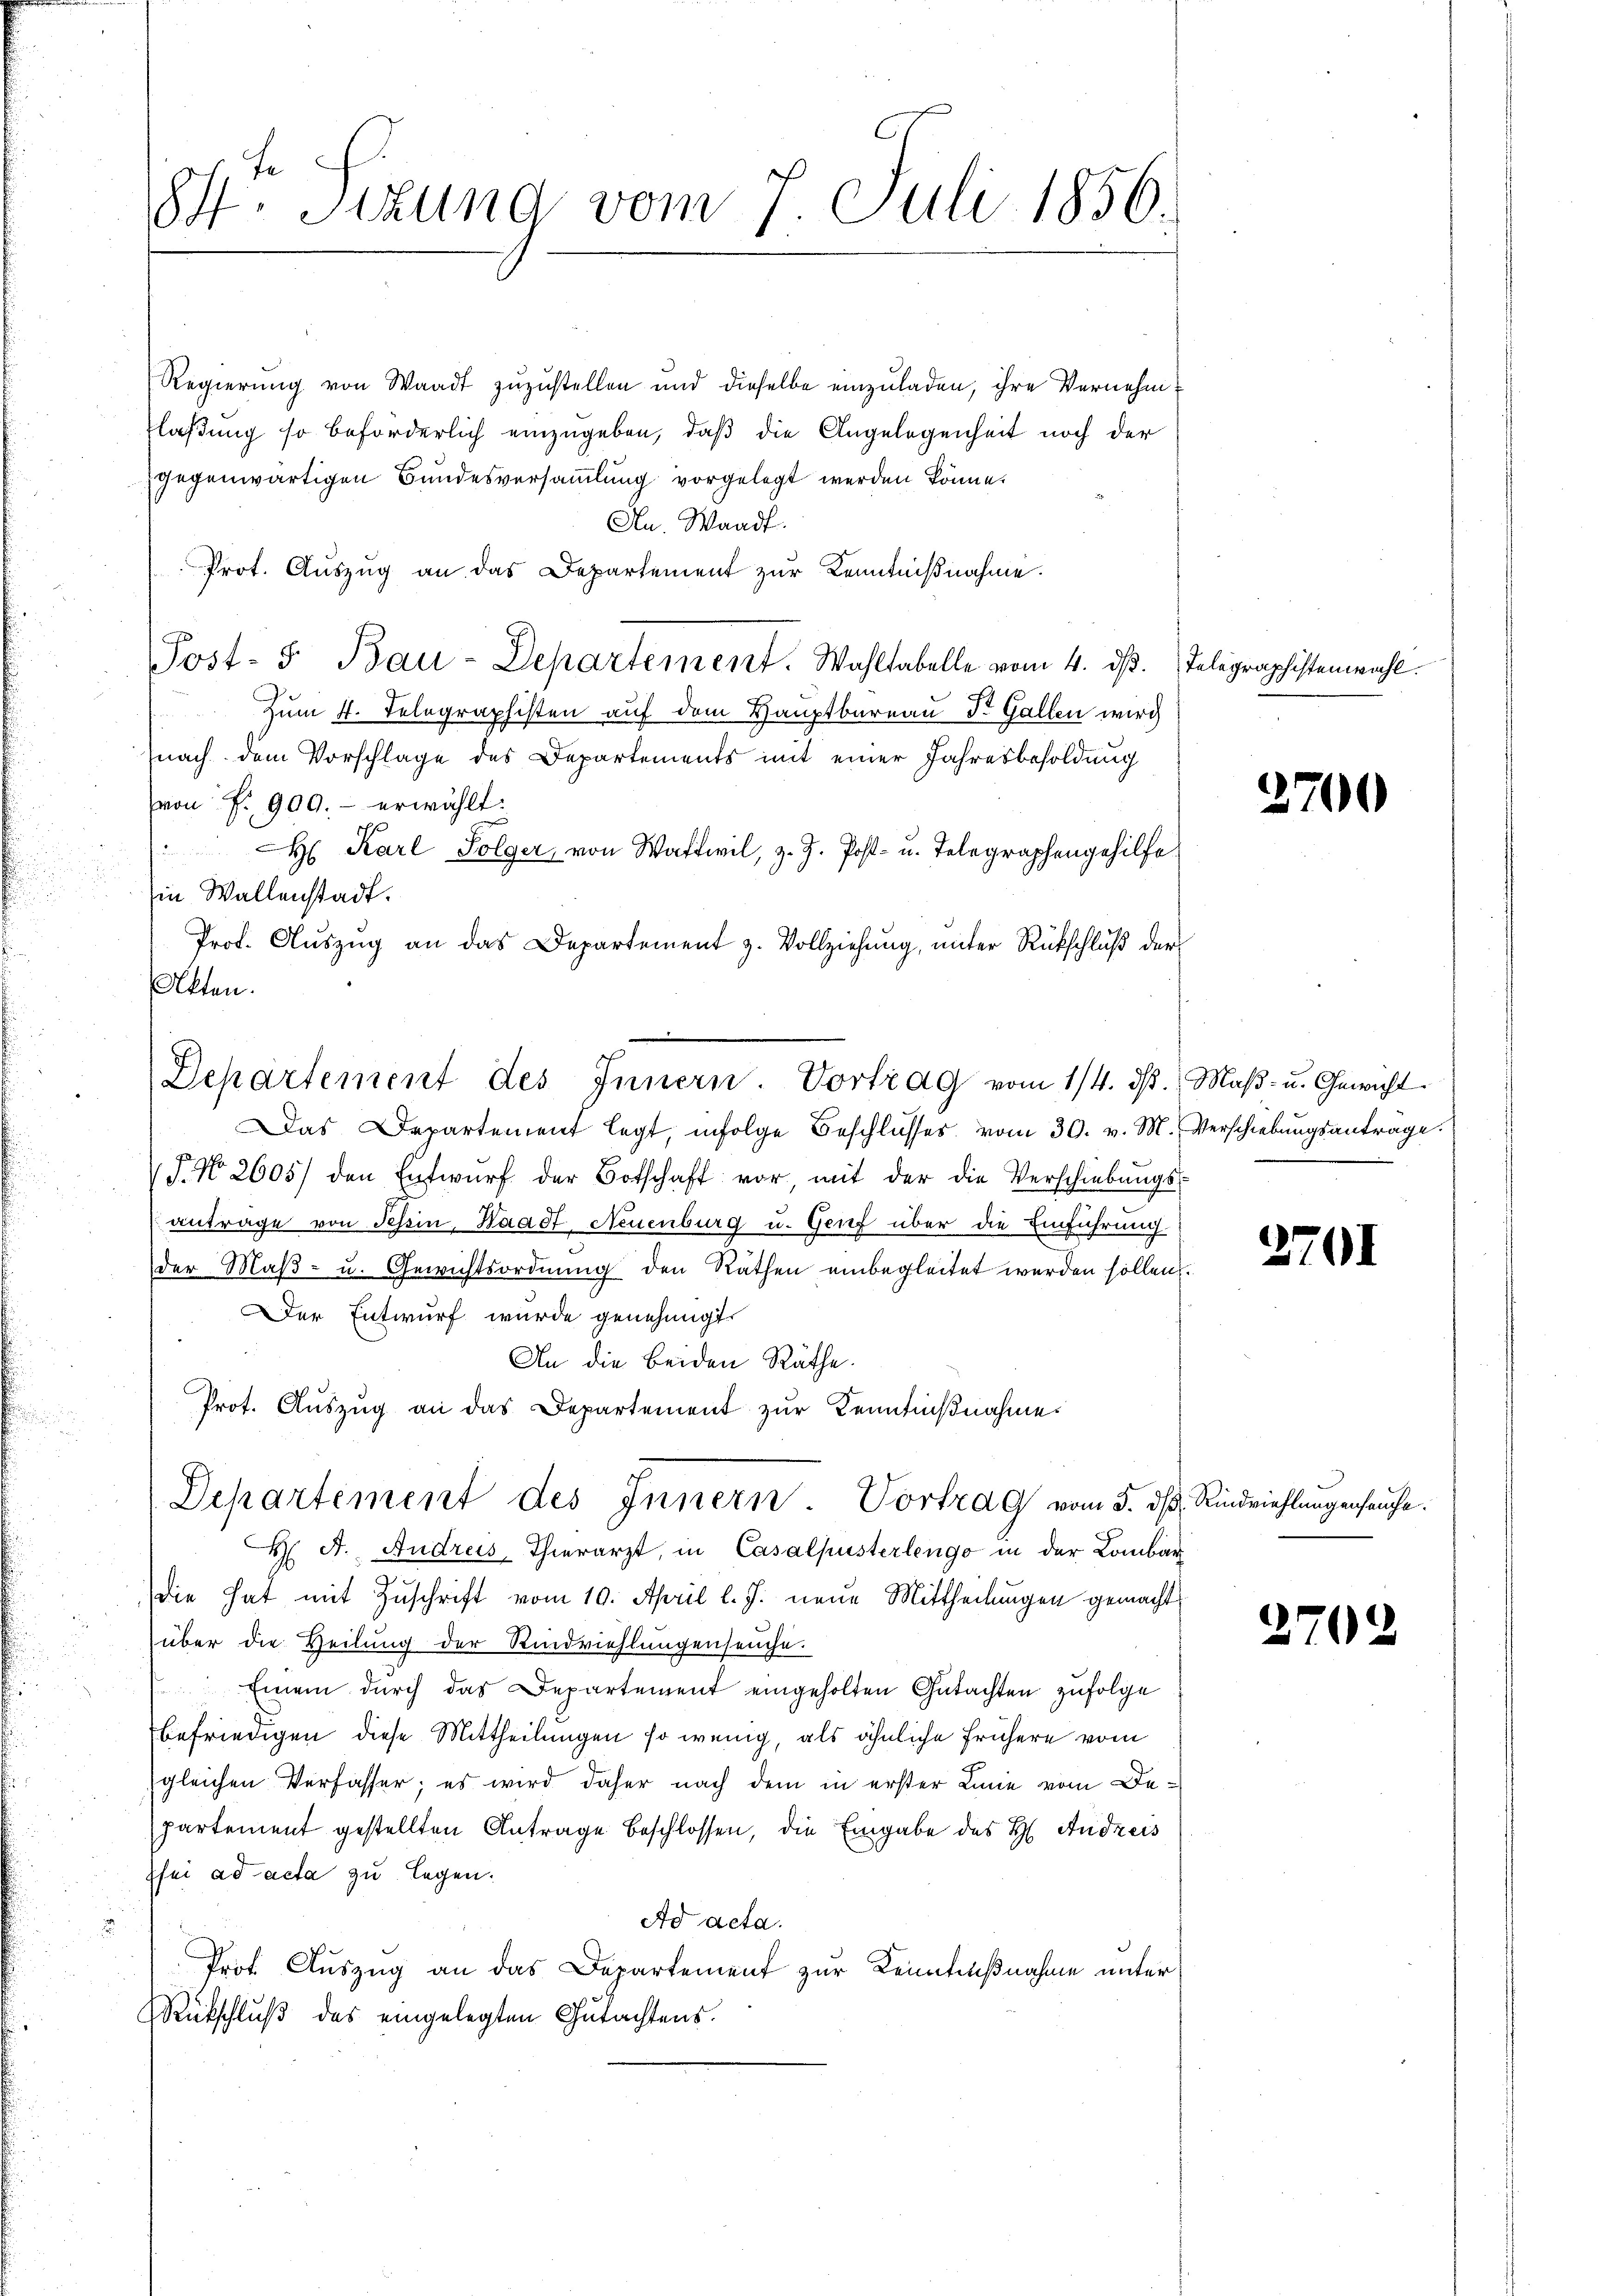
Regierung von Waadt zuzustellen und dieselbe einzuladen, ihre Vernehm¬
Flaßung so beförderlich einzugeben, daß die Angelegenheit noch der
gegenwärtigen Bundesversammlung vorgelegt werden könne.
An. Waadt.
Prot. Auszug an das Departement zur Kenntnißnahme.
Post- 5. Bau-Departement. Wahltabelle vom 4. dβ. Telegraphistenwahl.
Zum 4. Telegraphisten auf dem Hauptbareau St. Gallen wird
s
nach dem Vorschlage des Departements mit einer Jahresbesoldung
von P. 900.- erwählt:
H Karl Folger, von Wattwil, z. J. Post- u. Telegraphengehilfe
in Wallenstadt.
Prof. Auszug an das Departement z. Vollziehung, unter Rückschluß der
Alten.
Das Departement legt, infolge Beschlŭsses vom 30. v. M. Verschiebungsantrage.
F. No. 2605) den Entwŭrf der Botschaft vor mit der die Verschiebungs-
antrage von Schön, Waadt, Neuenburg u. Genf über die Einführung
der Maß- u. Gewichtsordnung den Räthen einbegleitet werden sollen.
Der Entwurf wurde genehmigt.
An die beiden Räthe.
Prot. Auszug an das Departement zur Kenntnißnahme.
Departement des Innern Vortrag vom 5. ds. Rindviehlungenhaufe.
H. A. Andreis, Thierarzt, in Casalpusterlengo in der Lombar
die hat mit Zŭschrift vom 10. April l. J. neue Mittheilungen gemacht
über die Heilung der Rindviehlungenseuche.
Einem durch das Departement eingeholten Gutachten zufolge
befriedigen diese Mittheilungen so wenig, als ähnliche frühere vom
gleichen Verfasser; es wird daher nach dem in erster Linie vom Departement gestellten Antrage beschlossen, die Eingabe des H. Andreis
zfei ad acta zu legen.
Ad acta.
Prof. Auszug an das Departement zur Kenntnißnahme unter
Rückschluß des eingelegten Gutachtens.

84. Sitzung vom 7 Juli 1856.

Departement des Innern Vortrag vom 1/4. d. Maβ- u. Gewicht

2700

2701

2702